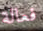
فعالة